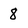
Character: 8